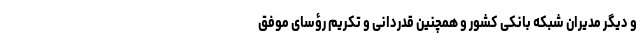
و دیگر مدیران شبکه بانکی کشور و همچنین قدردانی و تکریم رؤسای موفق